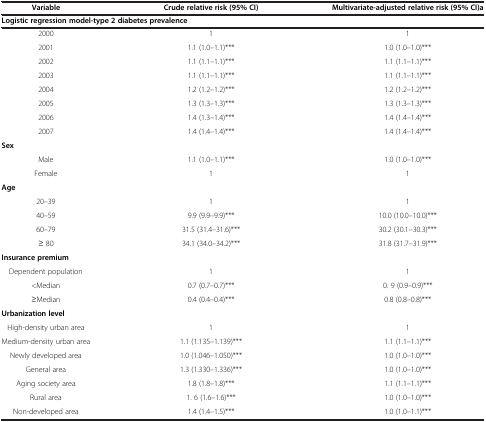
<table><thead><tr><td><b>Variable</b></td><td><b>Crude relative risk (95% CI)</b></td><td><b>Multivariate-adjusted relative risk (95% CI)a</b></td></tr></thead><tbody><tr><td colspan="3"><b>Logistic regression model-type 2 diabetes prevalence</b></td></tr><tr><td>2000</td><td>1</td><td>1</td></tr><tr><td>2001</td><td>1.1 (1.0–1.1)***</td><td>1.0 (1.0–1.0)***</td></tr><tr><td>2002</td><td>1.1 (1.1–1.1)***</td><td>1.1 (1.1–1.1)***</td></tr><tr><td>2003</td><td>1.1 (1.1–1.1)***</td><td>1.1 (1.1–1.1)***</td></tr><tr><td>2004</td><td>1.2 (1.2–1.2)***</td><td>1.2 (1.2–1.2)***</td></tr><tr><td>2005</td><td>1.3 (1.3–1.3)***</td><td>1.3 (1.3–1.3)***</td></tr><tr><td>2006</td><td>1.4 (1.3–1.4)***</td><td>1.4 (1.4–1.4)***</td></tr><tr><td>2007</td><td>1.4 (1.4–1.4)***</td><td>1.4 (1.4–1.4)***</td></tr><tr><td colspan="3"><b>Sex</b></td></tr><tr><td>Male</td><td>1.1 (1.0–1.1)***</td><td>1.0 (1.0–1.0)***</td></tr><tr><td>Female</td><td>1</td><td>1</td></tr><tr><td colspan="3"><b>Age</b></td></tr><tr><td>20–39</td><td>1</td><td>1</td></tr><tr><td>40–59</td><td>9.9 (9.9–9.9)***</td><td>10.0 (10.0–10.0)***</td></tr><tr><td>60–79</td><td>31.5 (31.4–31.6)***</td><td>30.2 (30.1–30.3)***</td></tr><tr><td>≥ 80</td><td>34.1 (34.0–34.2)***</td><td>31.8 (31.7–31.9)***</td></tr><tr><td colspan="3"><b>Insurance premium</b></td></tr><tr><td>Dependent population</td><td>1</td><td>1</td></tr><tr><td>&lt;Median</td><td>0.7 (0.7–0.7)***</td><td>0. 9 (0.9–0.9)***</td></tr><tr><td>≥Median</td><td>0.4 (0.4–0.4)***</td><td>0.8 (0.8–0.8)***</td></tr><tr><td colspan="3"><b>Urbanization level</b></td></tr><tr><td>High-density urban area</td><td>1</td><td>1</td></tr><tr><td>Medium-density urban area</td><td>1.1 (1.135–1.139)***</td><td>1.1 (1.1–1.1)***</td></tr><tr><td>Newly developed area</td><td>1.0 (1.046–1.050)***</td><td>1.0 (1.0–1.0)***</td></tr><tr><td>General area</td><td>1.3 (1.330–1.336)***</td><td>1.0 (1.0–1.0)***</td></tr><tr><td>Aging society area</td><td>1.8 (1.8–1.8)***</td><td>1.1 (1.1–1.1)***</td></tr><tr><td>Rural area</td><td>1. 6 (1.6–1.6)***</td><td>1.0 (1.0–1.0)***</td></tr><tr><td>Non-developed area</td><td>1.4 (1.4–1.5)***</td><td>1.0 (1.0–1.1)***</td></tr></tbody></table>